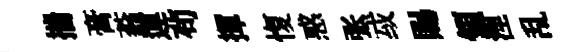
揣膏蓊運茍揮愎惑张㦯賜領涅乱